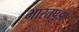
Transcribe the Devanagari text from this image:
भारतपुझा